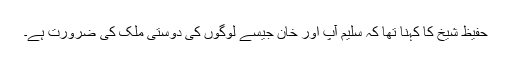
حفیظ شیخ کا کہنا تھا کہ سلیم آپ اور خان جیسے لوگوں کی دوستی ملک کی ضرورت ہے۔